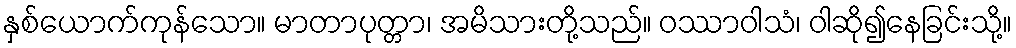
နှစ်ယောက်ကုန်သော။ မာတာပုတ္တာ၊ အမိသားတို့သည်။ ဝဿာဝါသံ၊ ဝါဆို၍နေခြင်းသို့။